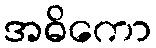
အဓိကော